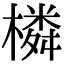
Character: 橉